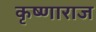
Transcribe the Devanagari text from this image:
कृष्णाराज